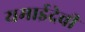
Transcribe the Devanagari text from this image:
यमाईदेवी